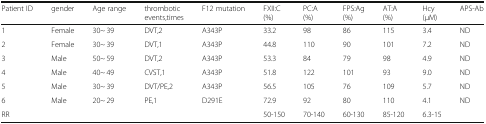
| Patient ID | gender | Age range | thrombotic events,times | F12 mutation | FXII:C(%) | PC:A(%) | FPS:Ag(%) | AT:A(%) | Hcy(μM) | APS-Ab |
 | --- | --- | --- | --- | --- | --- | --- | --- | --- | --- | --- |
 | 1 | Female | 30~ 39 | DVT,2 | A343P | 33.2 | 98 | 86 | 115 | 3.4 | ND |
 | 2 | Female | 30~ 39 | DVT,1 | A343P | 44.8 | 110 | 90 | 101 | 7.2 | ND |
 | 3 | Male | 50~ 59 | DVT,2 | A343P | 53.3 | 84 | 79 | 98 | 4.9 | ND |
 | 4 | Male | 40~ 49 | CVST,1 | A343P | 51.8 | 122 | 101 | 93 | 9.0 | ND |
 | 5 | Male | 30~ 39 | DVT/PE,2 | A343P | 56.5 | 105 | 76 | 109 | 5.7 | ND |
 | 6 | Male | 20~ 29 | PE,1 | D291E | 72.9 | 92 | 80 | 110 | 4.1 | ND |
 | <COLSPAN=5> RR | 50-150 | 70-140 | 60-130 | 85-120 | 6.3-15 |  |